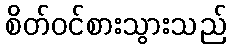
စိတ်ဝင်စားသွားသည်